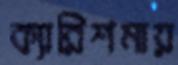
ক্যারিশমায়